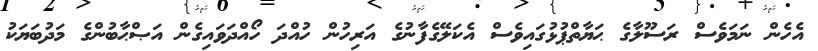
އެހެން ނަމަވެސް ރަސޫލާގެ ޙަޔާތްޕުޅުގައިވެސް އެކަލޭގެފާނުގެ އަރިހުން ހުއްދަ ހޯއްދަވައިގެން އަޞްޙާބުންގެ މަދުބަޔަކު